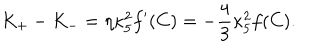
LaTeX: K _ { + } - K _ { - } = \eta \kappa _ { 5 } ^ { 2 } f ^ { \prime } ( C ) = - { \frac { 4 } { 3 } } \kappa _ { 5 } ^ { 2 } f ( C ) .